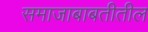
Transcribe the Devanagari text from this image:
समाजाबाबतीतील